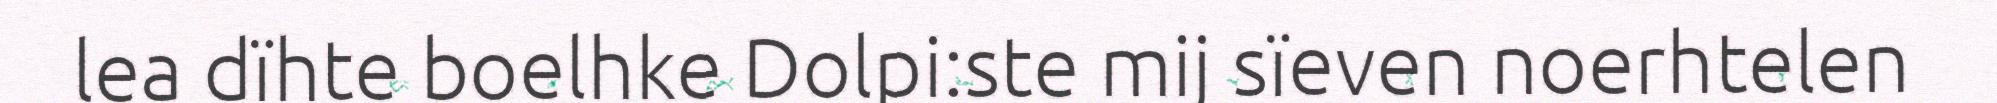
lea dïhte boelhke Dolpi:ste mij sïeven noerhtelen